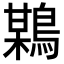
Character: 𪃏